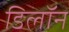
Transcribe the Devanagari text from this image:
डिलॉन